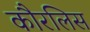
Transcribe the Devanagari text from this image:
कौरलिस